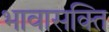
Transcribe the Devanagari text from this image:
भावासक्ति